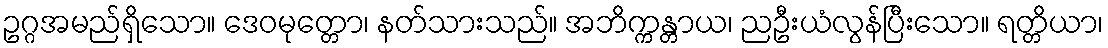
ဥဂ္ဂအမည်ရှိသော။ ဒေဝမုတ္တော၊ နတ်သားသည်။ အဘိက္ကန္တာယ၊ ညဦးယံလွန်ပြီးသော။ ရတ္တိယာ၊